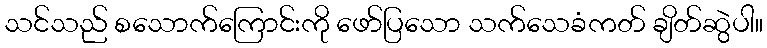
သင်သည် စသောက်ကြောင်းကို ဖော်ပြသော သက်သေခံကတ် ချိတ်ဆွဲပါ။